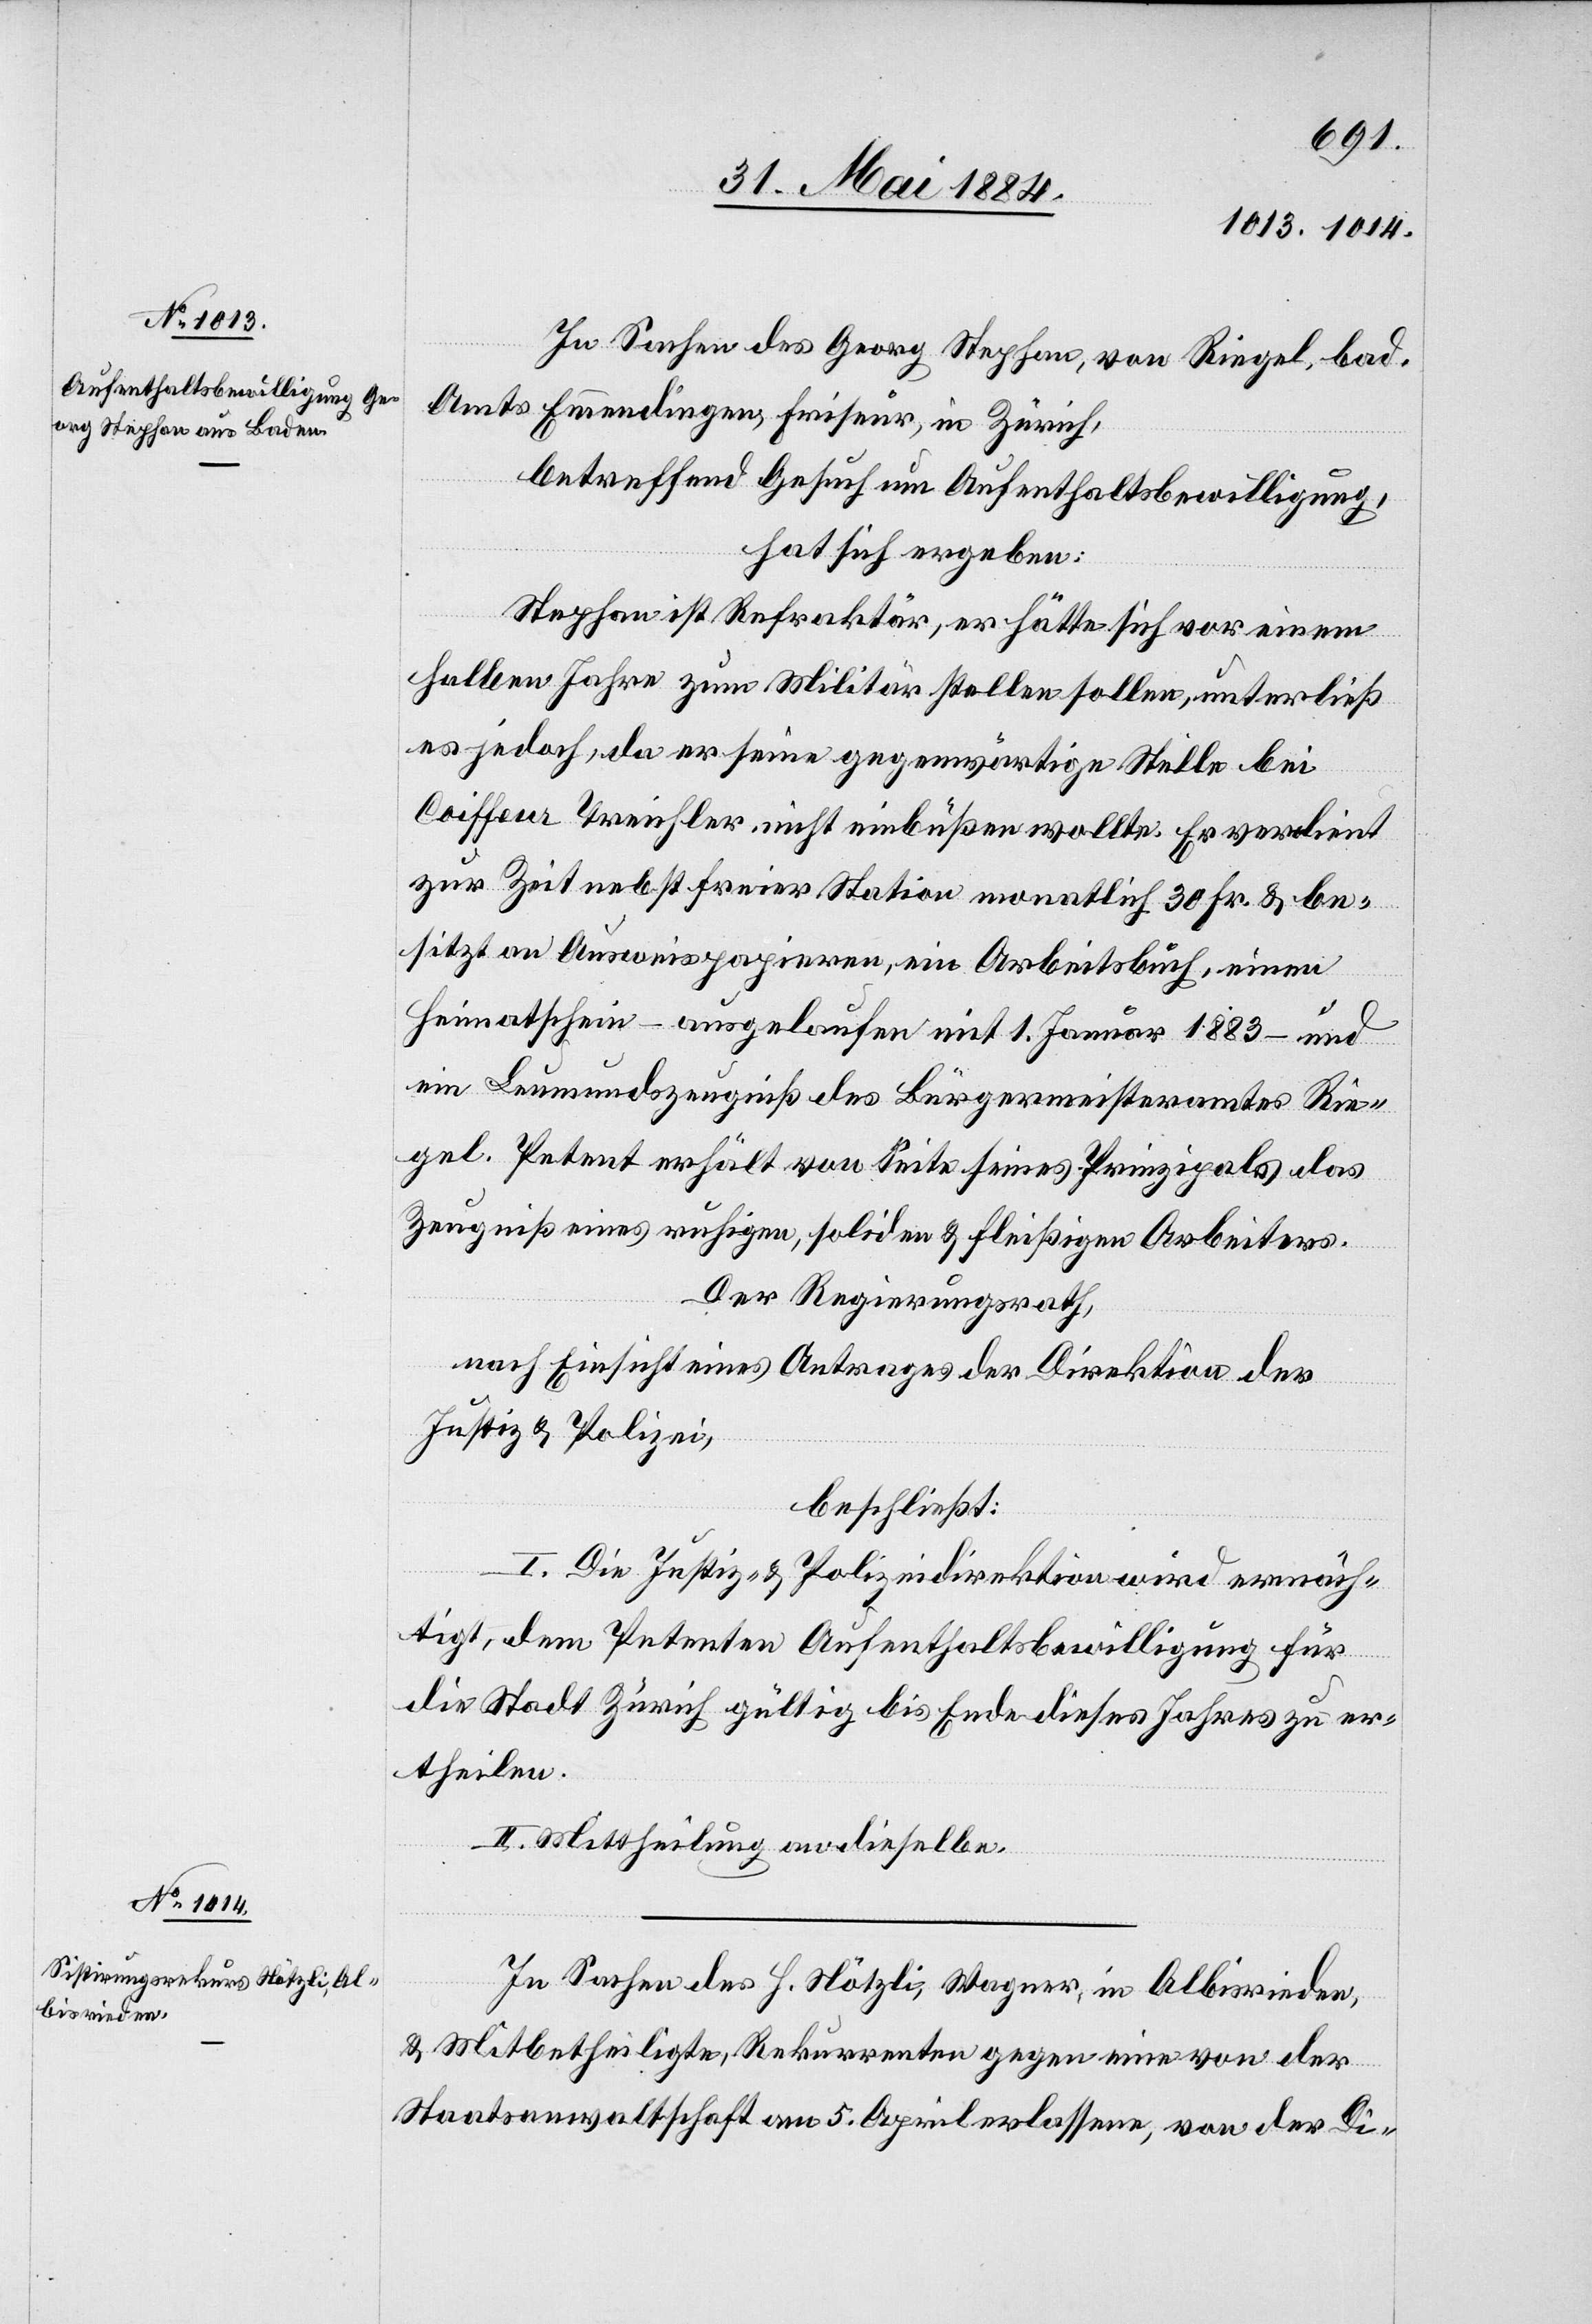
In Sachen des Georg Stephan, von Riegel, bad.
Amts Emmendingen, Freiherr, in Zürich,
betreffend Gesuch um Aufenthaltsbewilligung,
hat sich ergeben:
Stephan ist Refraktär, er hätte sich vor einem
halben Jahre zum Militär stellen sollen, unterließ
es jedoch, da er seine gegenwärtige Stelle bei
Coiffeur Treichler nicht einbüßen wollte. Er verdient
zur Zeit nebst freier Station monatlich 30 Fr. & be¬
sitzt an Ausweispapieren, ein Arbeitsbuch einen
Heimatschein – ausgelaufen mit 1. Januar 1883 – und
ein Leumundszeugniß des Bürgermeisteramtes Rie¬
gel. Petent erhält von Seite seines Prinzipals das
Zeugniß eines ruhigen, soliden & fleißigen Arbeiters.
Der Regierungsrath,
nach Einsicht eines Antrages der Direktion der
Justiz & Polizei,
beschließt:
I. Die Justiz- & Polizeidirektion wird ermäch¬
tigt, dem Petenten Aufenthaltsbewilligung für
die Stadt Zürich gültig bis Ende dieses Jahres zu er¬
theilen.
II. Mittheilung an dieselben.
In Sachen des H. Nötzli, Wagner, in Albisrieden,
& Mitbetheiligte, Rekurrenten gegen eine von der
Staatsanwaltschaft am 5. April erlassene, von der Di-